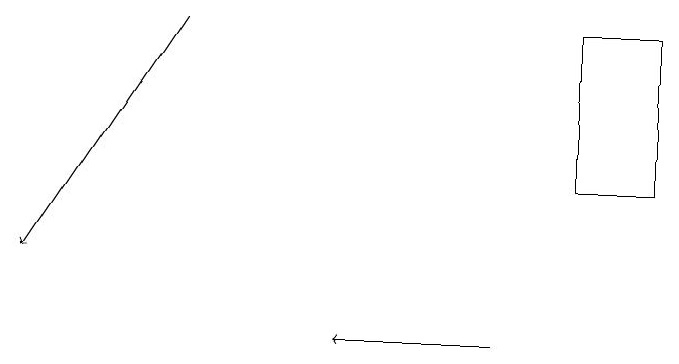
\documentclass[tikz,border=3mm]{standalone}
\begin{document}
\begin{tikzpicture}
\draw[->] (3,15) -- (1,12);
\draw[->] (7,11) -- (5,11);
\draw (8,15) rectangle (9,13);
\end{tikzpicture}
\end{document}